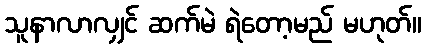
သူနာလာလျှင် ဆက်မဲ ရဲတော့မည် မဟုတ်။